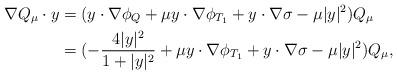
LaTeX: \begin{align*}\nabla Q_\mu\cdot y&=(y\cdot\nabla\phi_{Q}+\mu y\cdot\nabla\phi_{T_1}+y\cdot\nabla\sigma-\mu|y|^2)Q_\mu\\&=(-\frac{4|y|^2}{1+|y|^2}+\mu y\cdot\nabla\phi_{T_1}+y\cdot\nabla\sigma-\mu|y|^2)Q_\mu,\end{align*}